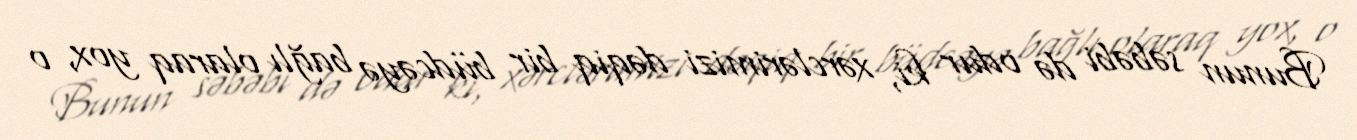
Bunun səbəbi də odur ki, xərclərimizi dəqiq bir büdcəyə bağlı olaraq yox, o